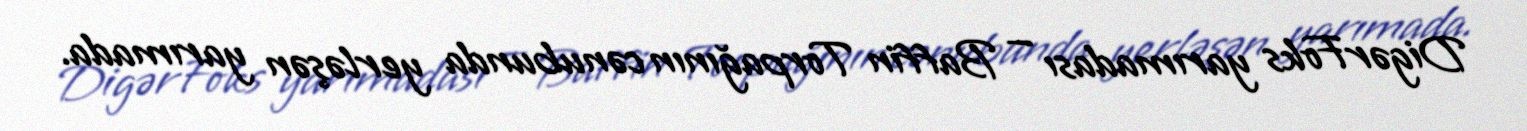
DigərFoks yarımadası — Baffin Torpağının cənubunda yerləşən yarımada.